Summary of further report on surra
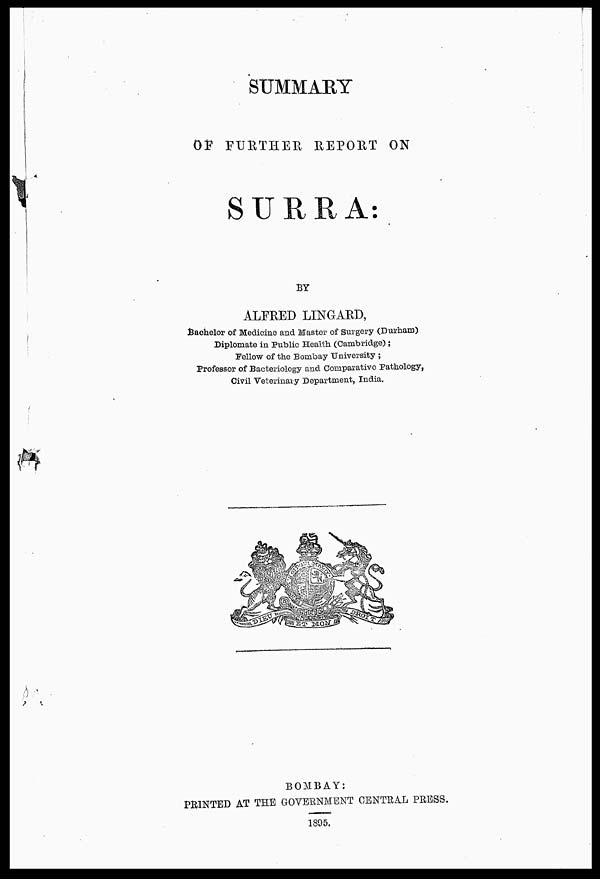
SUMMARY
OF FURTHER REPORT ON
SURRA:
BY
ALFRED LINGARD,
Bachelor of Medicine and Master of Surgery (Durham)
Diplomate in Public Health (Cambridge);
Fellow of the Bombay University ;
Professor of Bacteriology and Comparativo Pathology,
Civil Veterinary Department, India.
BOMBAY:
PRINTED AT THE GOVERNMENT CENTRAL PRESS.
1895.